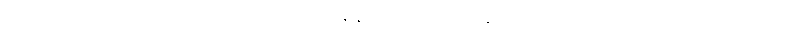
လူတစ်ယောက်မှာ ကယ်လိုရီ ချို့ယွင်းလိုအပ်နေတယ် ဆိုရင် ခန္ဓာကိုယ်က ဒါဟာ စွမ်းအင်ပြတ်လပ်တာလို့